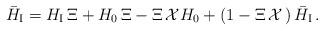
LaTeX: \begin{align*}{\bar H}_{\mbox{\scriptsize I}}=H_{\mbox{\scriptsize I}}\,\Xi+H_{0}\,{\Xi}-\Xi\,{\cal X}H_{0}+\left(1-\Xi\,{\cal X}\,\right){\bar H}_{\mbox{\scriptsize I}}\,.\end{align*}